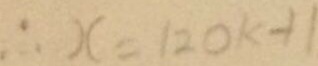
\therefore x = 1 2 0 k - 1 1